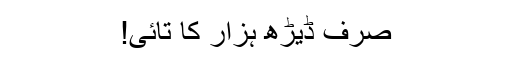
صرف ڈیڑھ ہزار کا تائی!